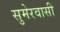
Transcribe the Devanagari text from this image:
सुमेरवासी